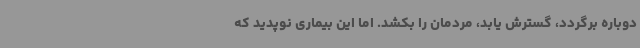
دوباره برگردد، گسترش یابد، مردمان را بکشد. اما این بیماری نوپدید که